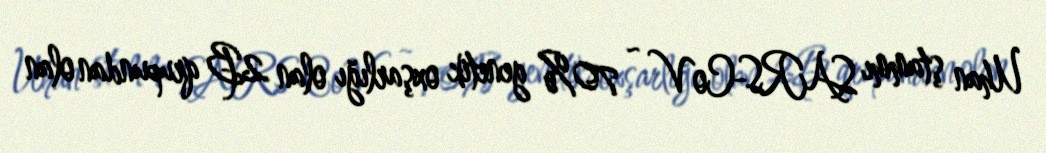
Uhan ştammı SARS-CoV ~ 70% genetik oxşarlığı olan 2B qrupundan olan